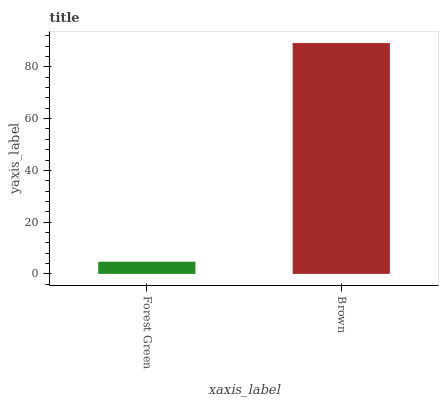
| xaxis_label | bars |
 | --- | --- |
 | Forest Green | 4.69 |
 | Brown | 89.2 |